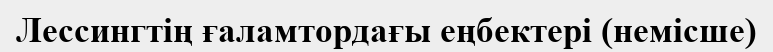
Лессингтің ғаламтордағы еңбектері (немісше)